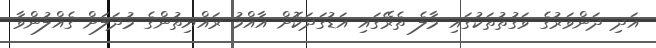
އަދި ދަންވަރުގެ ވަގުތުތަކުގައި މާލެ ތެރޭގައި އަޑުގަދަކޮށް އާއްމު ރައްޔިތުންގެ މުދަލަށް ގެއްލުންވާ